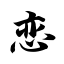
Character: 恋